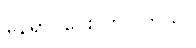
နေရာပိုပေးလာပါတယ်။